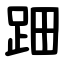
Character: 䟧